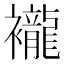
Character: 襱